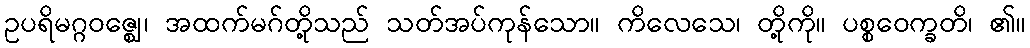
ဥပရိမဂ္ဂဝဇ္ဈေ၊ အထက်မဂ်တို့သည် သတ်အပ်ကုန်သော။ ကိလေသေ၊ တို့ကို။ ပစ္စဝေက္ခတိ၊ ၏။